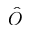
\hat { O }